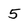
Character: 5